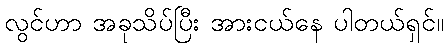
လွင်ဟာ အခုသိပ်ပြီး အားငယ်နေ ပါတယ်ရှင်။